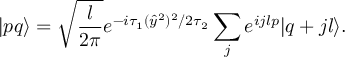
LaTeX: | p q \rangle = \sqrt { \frac { l } { 2 \pi } } e ^ { - i \tau _ { 1 } ( \hat { y } ^ { 2 } ) ^ { 2 } / { 2 \tau _ { 2 } } } \sum _ { j } e ^ { i j l p } | q + j l \rangle .